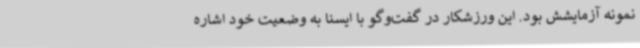
نمونه آزمایشش بود. این ورزشکار در گفت‌وگو با ایسنا به وضعیت خود اشاره